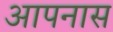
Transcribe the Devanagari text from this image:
आपनास